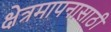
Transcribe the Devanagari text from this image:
क्षेत्रमापनासाठी